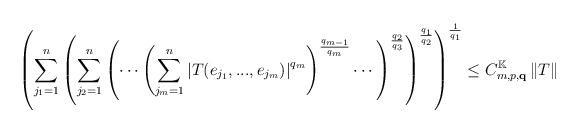
LaTeX: \begin{align*}\left( \sum_{j_{1}=1}^{n}\left( \sum_{j_{2}=1}^{n}\left( \cdots \left(\sum_{j_{m}=1}^{n}\left\vert T(e_{j_{1}},...,e_{j_{m}})\right\vert^{q_{m}}\right) ^{\frac{q_{m-1}}{q_{m}}}\cdots \right) ^{\frac{q_{2}}{q_{3}}}\right) ^{\frac{q_{1}}{q_{2}}}\right) ^{\frac{1}{q_{1}}}\leq C_{m,p,\mathbf{q}}^{\mathbb{K}}\left\Vert T\right\Vert \end{align*}